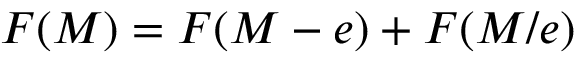
F ( M ) = F ( M - e ) + F ( M / e )